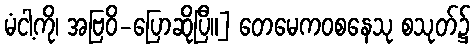
မံငါ့ကို၊ အဗြဝိ-ပြောဆိုပြီ။] တေမေကဝစနေသု စသုတ်၌